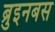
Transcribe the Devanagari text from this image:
ब्रुइनबस